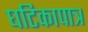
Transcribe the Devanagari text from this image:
घटिकापात्र